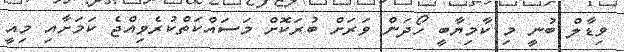
ވިޑާލް ބުނީ މި ކާމިޔާބީ ހޯދަން ވަރަށް ބުރަކޮށް މަސައްކަތްކުރެވިއްޖެ ކަމަށާއި މިއީ